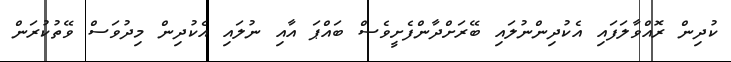
ކުދިން ރޮއްވާލަފައި އެކުދިންނުލައި ބޭރަށްދާންފެށީވެސް ބައްޕަ އާއި ނުލައި އެކުދިން މިދުވަސް ވޭތުކުރަން